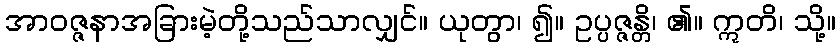
အာဝဇ္ဇနာအခြားမဲ့တို့သည်သာလျှင်။ ယုတွာ၊ ၍။ ဥပ္ပဇ္ဇန္တိ၊ ၏။ ဣတိ၊ သို့။